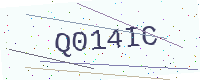
Text: Q014IC